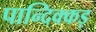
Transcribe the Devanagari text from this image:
पान्दिक्कड़